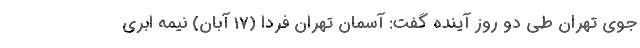
جوی تهران طی دو روز آینده گفت: آسمان تهران فردا (۱۷ آبان) نیمه ابری